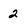
Character: 2